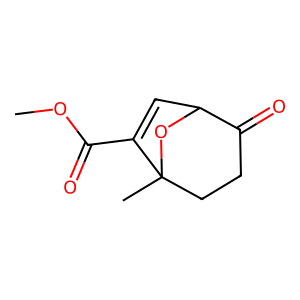
SMILES: COC(=O)C1=CC2OC1(C)CCC2=O
Inhibits HIV replication: No